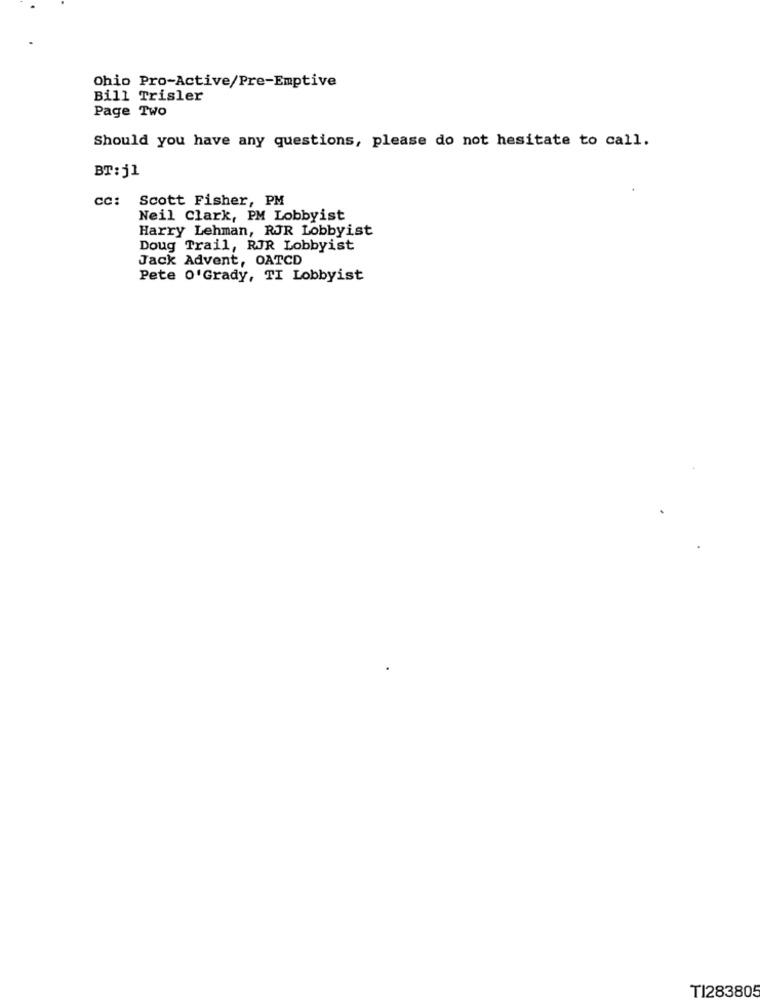
Ohio Pro-Active/Pre-Emptive
Bill Trisler
Page Two
Should you have any questions, please do not hesitate to call.
BT: j1
CC: Scott Fisher, PM
Neil Clark, PM Lobbyist
Harry Lehman, RJR Lobbyist
Doug Trail, RJR Lobbyist
Jack Advent, OATCD
Pete O'Grady, TI Lobbyist
TI283805